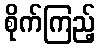
စိုက်ကြည့်